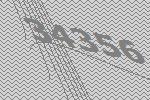
34356